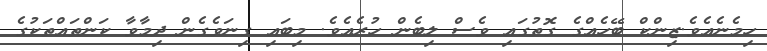
ހިމެނެއެވެ.ޒިންކް ބޭހެއްގެ ގޮތުގައި ވެސް ލިބެން ހުރެއެވެ. މިބައި ގިނަވެގެން ދިމާވާ ކަންތައްތަކުގެ